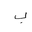
Letter: _ba